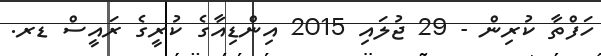
ހަފްތާ ކުރިން - 29 ޖުލައި 2015 އިންޑިއާގެ ކުރީގެ ރައީސް ޑރ.